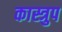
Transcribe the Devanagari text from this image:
कास्त्रुप